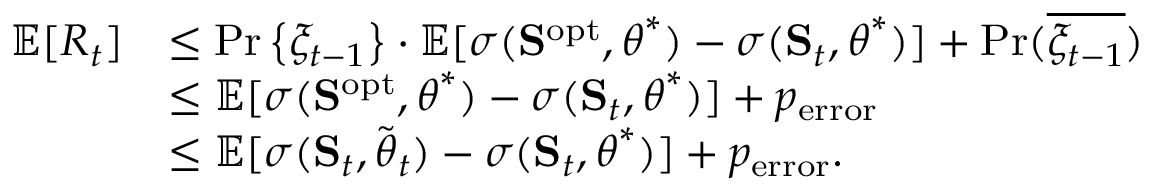
\begin{array} { r l } { \mathbb { E } [ R _ { t } ] } & { \leq \operatorname* { P r } \left\{ \xi _ { t - 1 } \right\} \cdot \mathbb { E } [ \sigma ( { \bf S } ^ { \mathrm { o p t } } , \boldsymbol { \theta } ^ { * } ) - \sigma ( { \bf S } _ { t } , \boldsymbol { \theta } ^ { * } ) ] + \operatorname* { P r } ( \overline { { \xi _ { t - 1 } } } ) } \\ & { \leq \mathbb { E } [ \sigma ( { \bf S } ^ { \mathrm { o p t } } , \boldsymbol { \theta } ^ { * } ) - \sigma ( { \bf S } _ { t } , \boldsymbol { \theta } ^ { * } ) ] + p _ { \mathrm { e r r o r } } } \\ & { \leq \mathbb { E } [ \sigma ( { \bf S } _ { t } , \tilde { \boldsymbol { \theta } } _ { t } ) - \sigma ( { \bf S } _ { t } , \boldsymbol { \theta } ^ { * } ) ] + p _ { \mathrm { e r r o r } } . } \end{array}